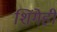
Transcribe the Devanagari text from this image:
शिंगेही